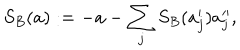
S _ { B } ( a ) : = - a - \sum _ { j } S _ { B } ( a _ { j } ^ { \prime } ) a _ { j } ^ { \prime \prime } ,